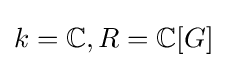
k=\mathbb {C} ,R=\mathbb {C} [G]